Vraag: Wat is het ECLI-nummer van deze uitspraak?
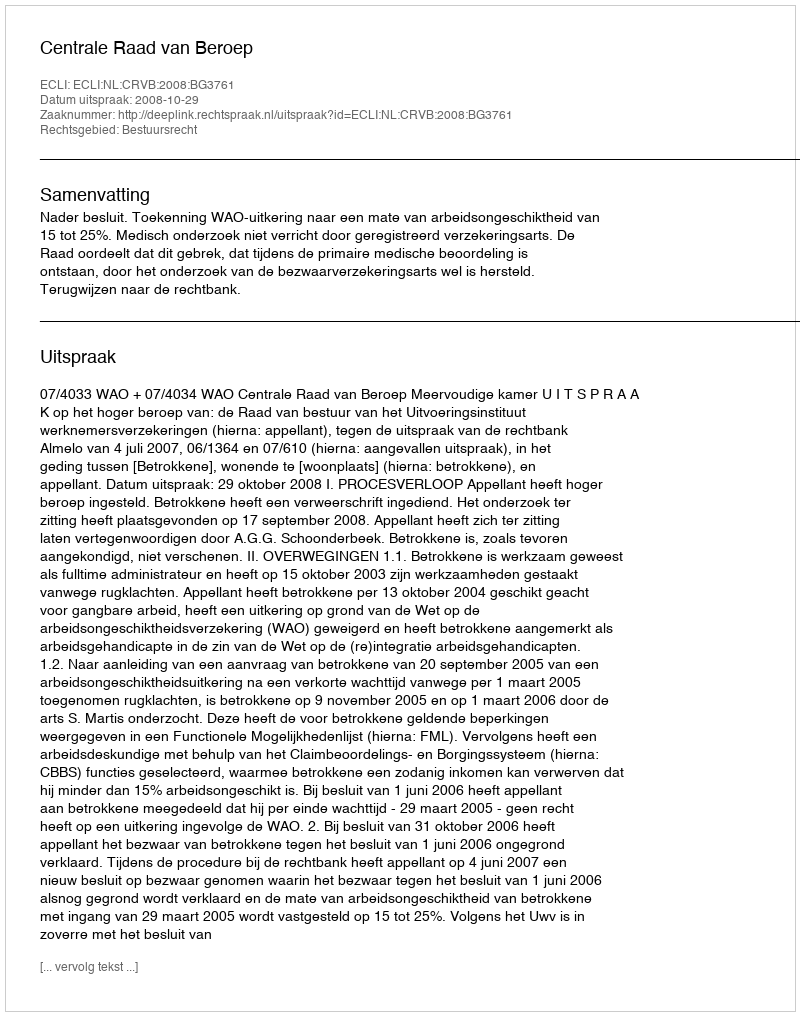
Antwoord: ECLI:NL:CRVB:2008:BG3761